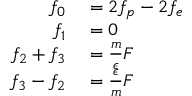
\begin{array} { r l } { f _ { 0 } } & { { } = 2 f _ { p } - 2 f _ { e } } \\ { f _ { 1 } } & { { } = 0 } \\ { f _ { 2 } + f _ { 3 } } & { { } = \frac { m } { \epsilon } F } \\ { f _ { 3 } - f _ { 2 } } & { { } = \frac { \epsilon } { m } F } \end{array}